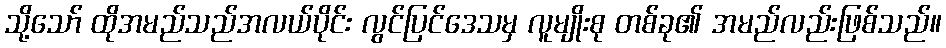
သို့သော် ထိုအမည်သည်အလယ်ပိုင်း လွင်ပြင်ဒေသမှ လူမျိုးစု တစ်ခု၏ အမည်လည်းဖြစ်သည်။